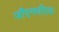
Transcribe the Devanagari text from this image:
जीएमवीएवः